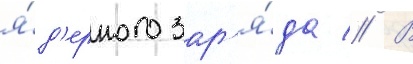
я́д'ерного зар'я́да // В